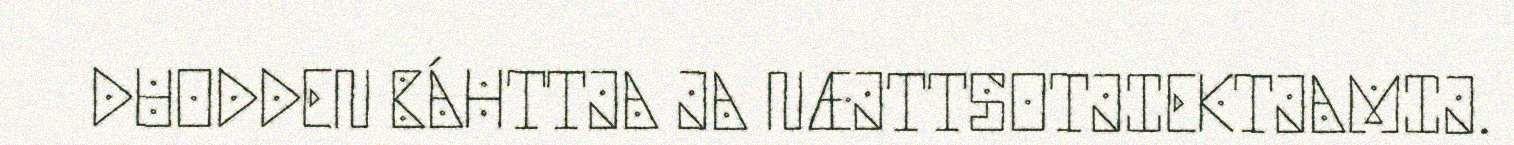
DUODDEN BÁHTTJA JA NÆJTTSOTJIEKTJAMIJ.